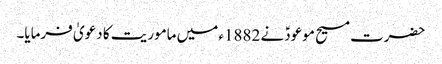
حضرت مسیح موعودؑ نے 1882ء میں ماموریت کا دعویٰ فرمایا۔